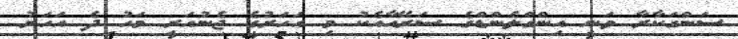
ސަންގަކާރާ ވަނީ އިންގްލެންޑްގެ ސަރޭއާއެކު މި އަހަރުގެ ޖެނުއަރީ މަހު ދެ އަހަރު